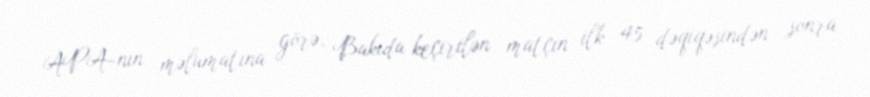
APA-nın məlumatına görə, Bakıda keçirilən matçın ilk 45 dəqiqəsindən sonra